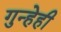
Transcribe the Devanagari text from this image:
गुन्हेही